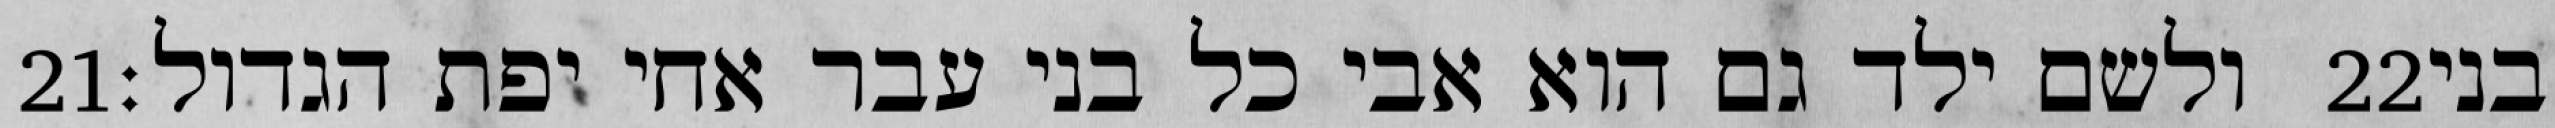
‎21‏ ולשם ילד גם הוא אבי כל בני עבר אחי יפת הגדול׃ ‎22‏ בני